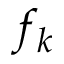
f _ { k }